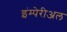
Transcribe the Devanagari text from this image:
इंम्पेरीअल